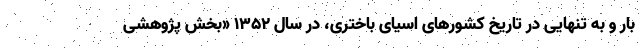
بار و به تنهایی در تاریخ کشورهای اسیای باختری، در سال ۱۳۵۲ «بخش پژوهشی